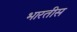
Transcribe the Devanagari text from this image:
भारतीस